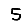
Digit: 5